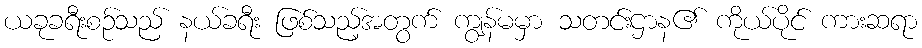
ယခုခရီးစဉ်သည် နယ်ခရီး ဖြစ်သည့်အတွက် ကျွန်မမှာ သတင်းဌာန၏ ကိုယ်ပိုင် ကားဆရာ